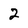
Character: 2